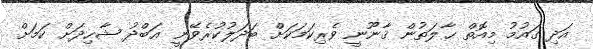
އަދި ގައުމު މިއޮތް ޙާލަތުން ޤާނޫނީ ވެރިކަމަކަށް ބަދަލުކުރެވޭނީ ޢަބްދު ޝާހިދަށް ކަމަށް